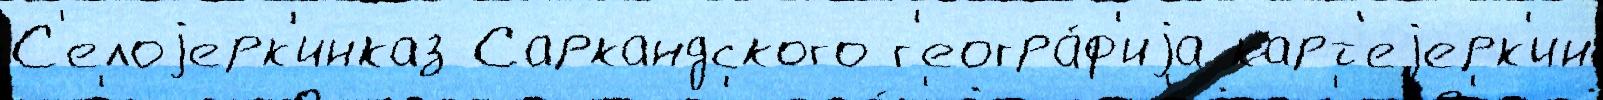
С'елоjерк'инказ Саркандского г'еогра́ф'иjа карт'еjерк'ин